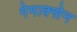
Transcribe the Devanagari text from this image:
गेमाक्सेन